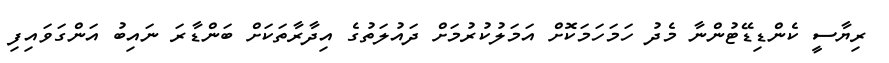
ރިޔާސީ ކެންޑިޑޭޓުންނާ މެދު ހަމަހަމަކޮށް އަމަލުކުރުމަށް ދައުލަތުގެ އިދާރާތަކަށް ބަންޑާރަ ނައިބުު އަންގަވައިފި